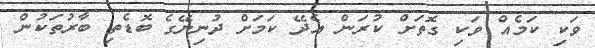
ވަކި ކަމެއް ވަކި ގޮތަށް ކުރަން އެދޭ ކަމަށް ދުނިޔޭގެ ބޮޑެތި ބާރުތަކުން